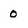
Character: o